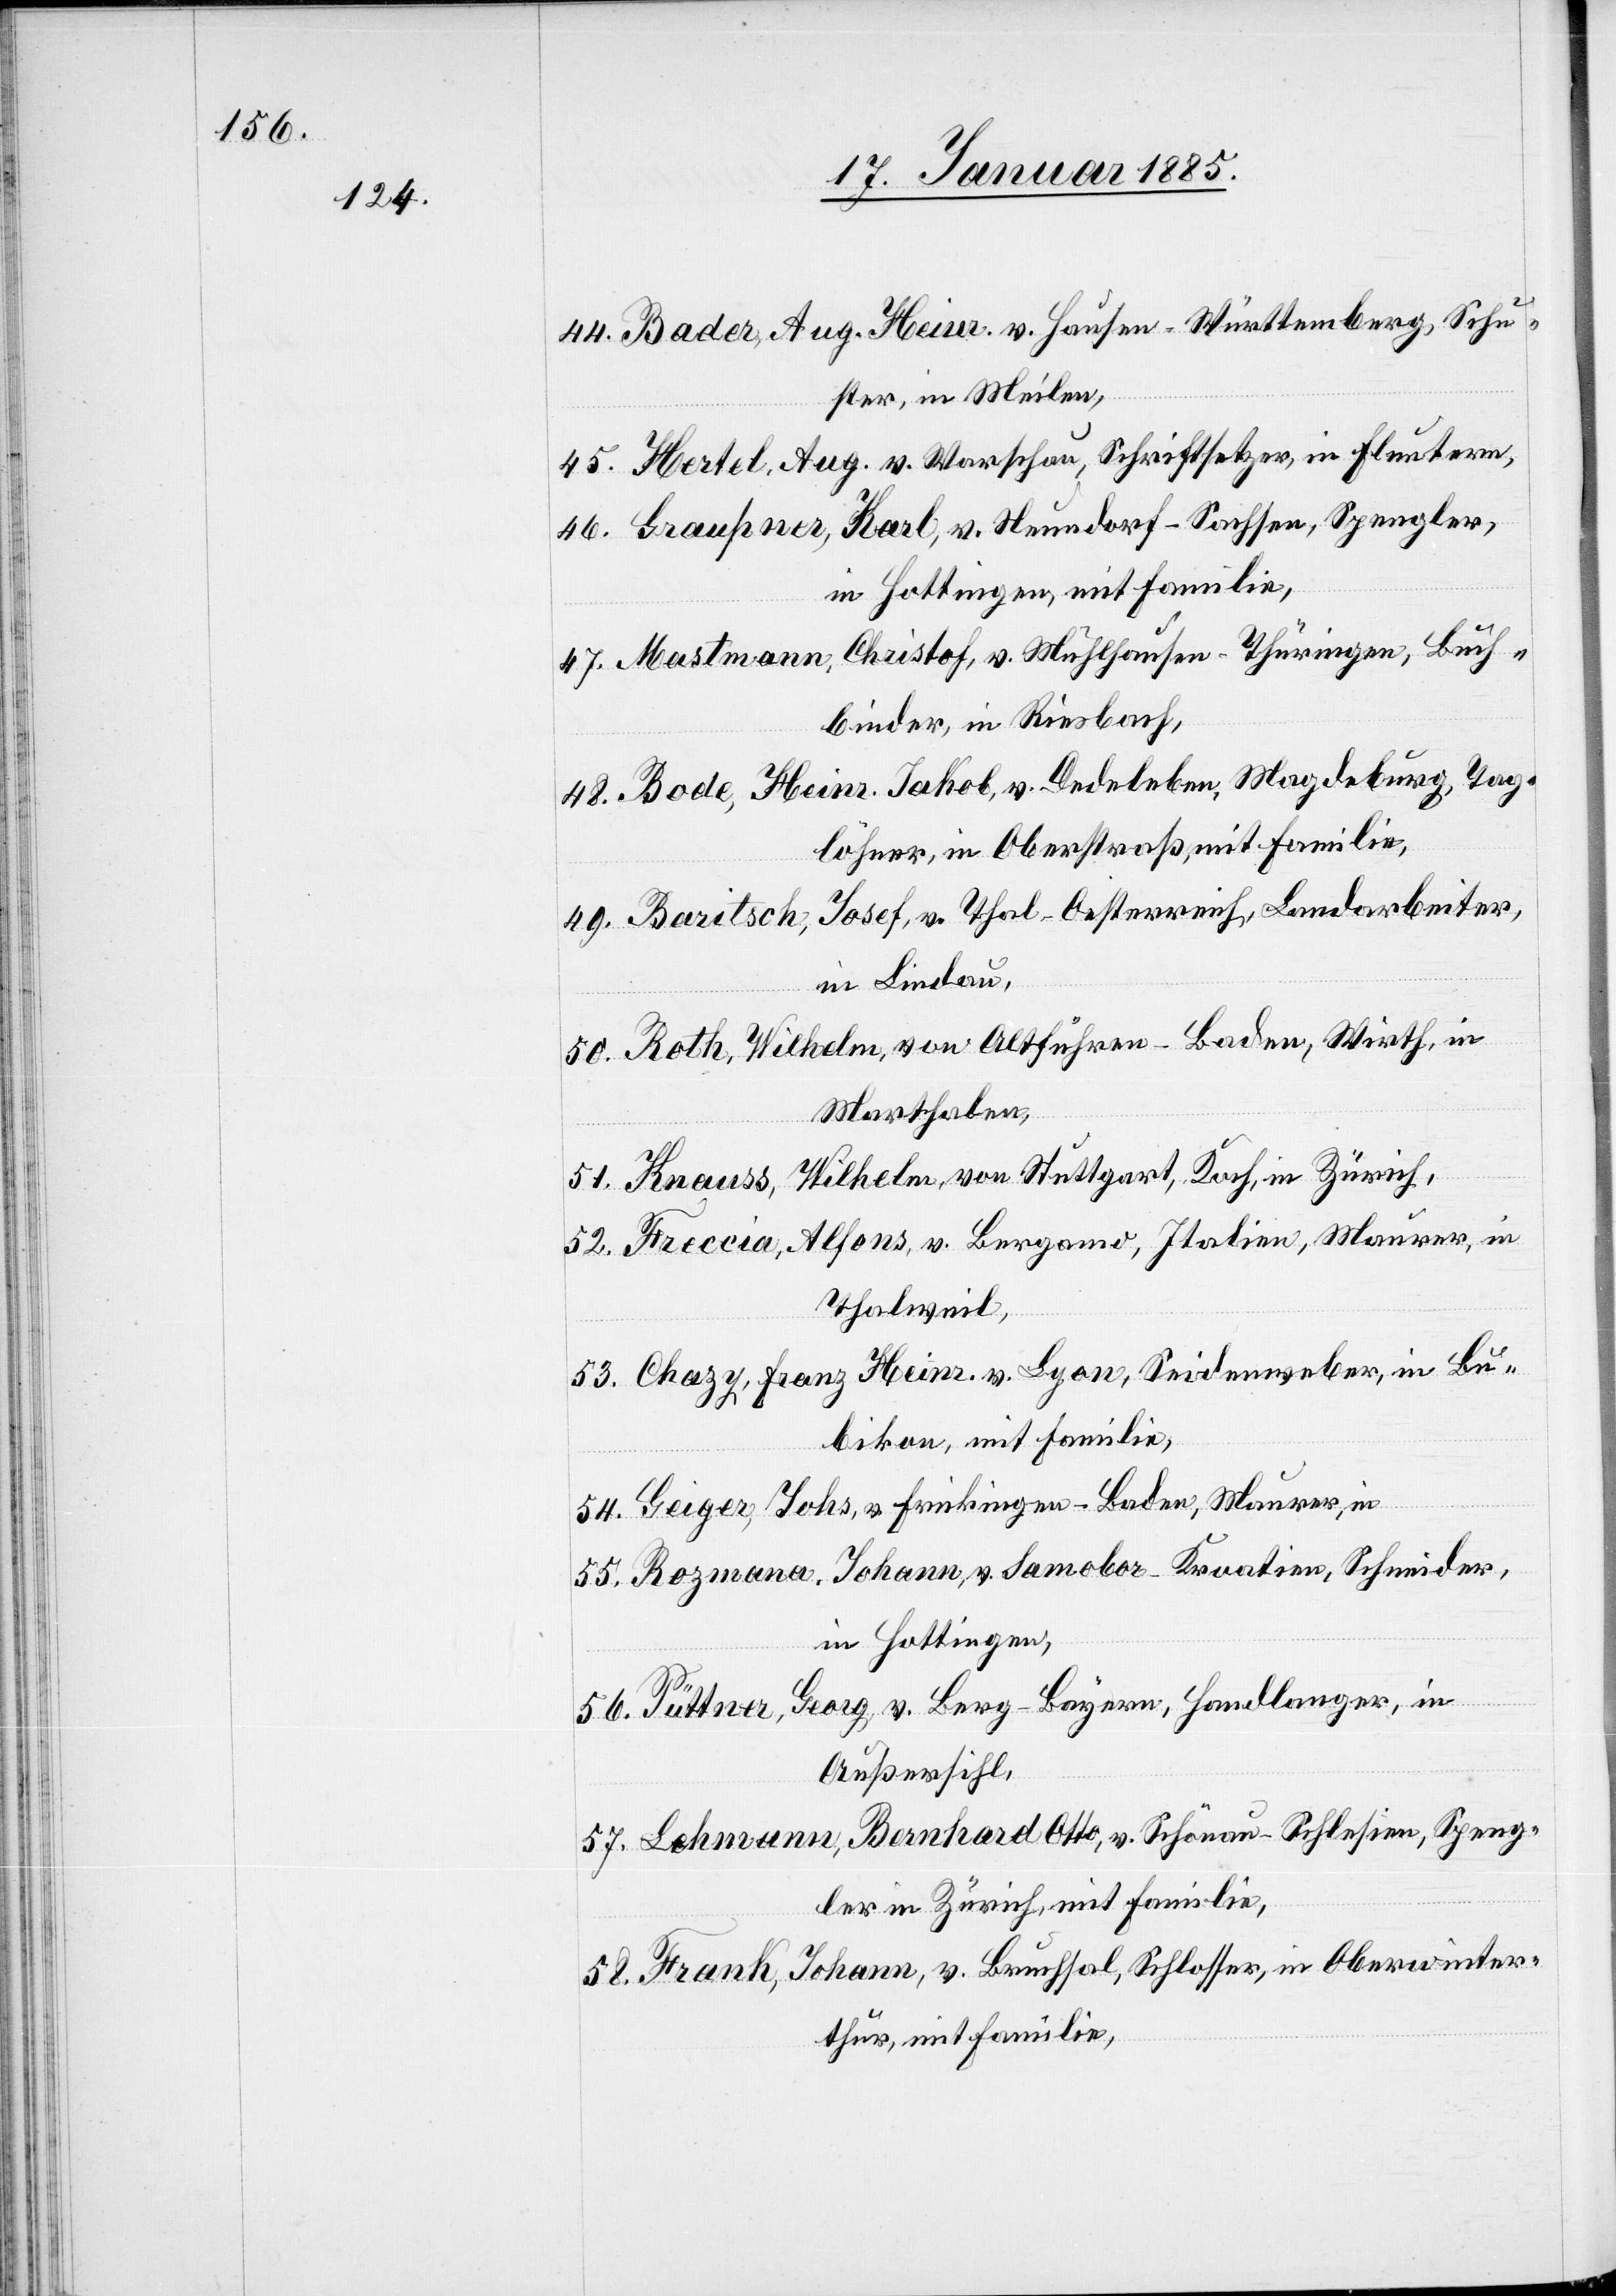
56.

Bader, Aug. Heinr., v. Hausen - Württemberg, Schu¬
ster, in Meilen,
Hertel, Aug. v. Warschau, Schriftsetzer, in Fluntern,
Graußner, Karl, v. Neundorf - Sachsen, Spengler,
in Hottingen, mit Familie,
Mastmann, Christof, v. Mülhausen - Thüringen, Buch¬
binder, in Riesbach,
Bode, Heinr. Jakob, v. Dedeleben, Magdeburg, Tag¬
löhner, in Oberstraß, mit Familie,
Baritsch, Josef, v. Thal - Oesterreich, Landarbeiter,
in Lindau,
Roth, Wilhelm, von Altführen - Baden, Wirth, in
Marthalen,
Knauss, Wilhelm, von Stuttgart, Koch, in Zürich,
Freccia, Alfons, v. Bergamo, Italien, Maurer, in
Thalweil,
Chazy, Franz Heinr. v. Lyon, Seidenweber, in Bu¬
bikon, mit Familie,
Geiger, Johs., v. Frickingen - Baden, Maurer, in
Rozmana, Johann, v. Samobor - Kroatien, Schneider,
in Hottingen,
Püttner, Georg, v. Berg - Bayern, Handlanger, in
Außersihl,
Lehmann, Bernhard Otto, v. Schönau - Schlesien, Speng¬
ler in Zürich, mit Familie,
Frank, Johann, v. Bruchsal, Schlosser, in Oberwinter¬
thur, mit Familie,